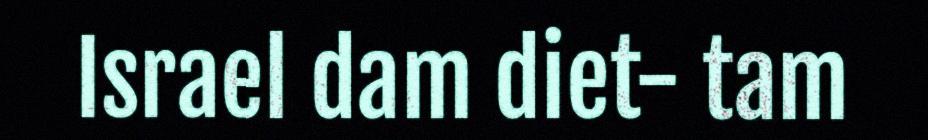
Israel dam diet- tam